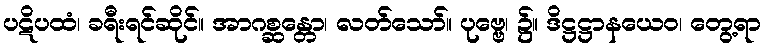
ပဋိပထံ၊ ခရီးရင်ဆိုင်။ အာဂစ္ဆန္တော၊ လတ်သော်။ ပုဗ္ဗေ၊ ၌။ ဒိဋ္ဌဋ္ဌာနယေဝ၊ တွေ့ရာ